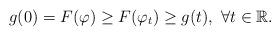
LaTeX: \begin{align*}g(0) =F(\varphi) \geq F(\varphi_t) \geq g(t), \ \forall t\in \mathbb{R}. \end{align*}